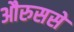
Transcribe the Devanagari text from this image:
औरुससे